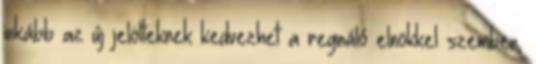
inkább az új jelölteknek kedvezhet a regnáló elnökkel szemben,